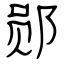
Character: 郧